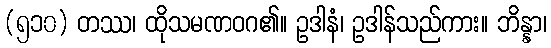
(၅၁၀) တဿ၊ ထိုသမဏဝဂ၏။ ဥဒါနံ၊ ဥဒါန်သည်ကား။ ဘိန္နာ၊